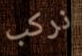
نركب